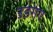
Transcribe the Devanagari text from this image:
उडगए